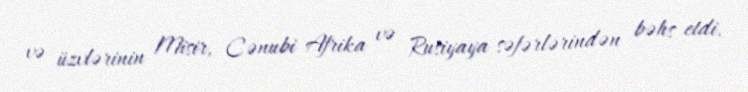
və üzvlərinin Misir, Cənubi Afrika və Rusiyaya səfərlərindən bəhs etdi.